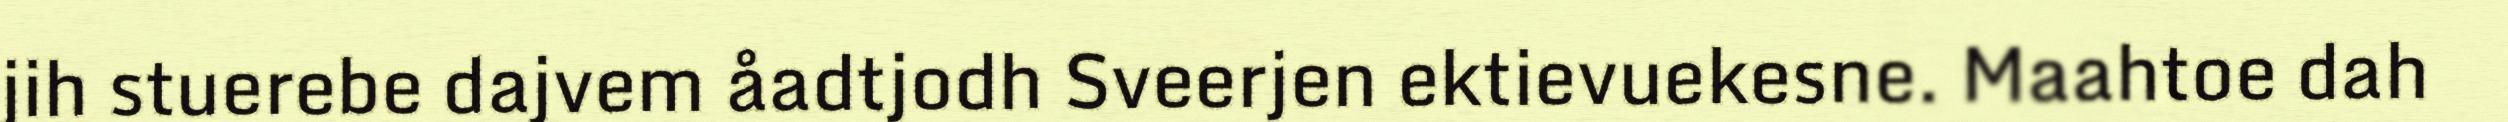
jih stuerebe dajvem åadtjodh Sveerjen ektievuekesne. Maahtoe dah